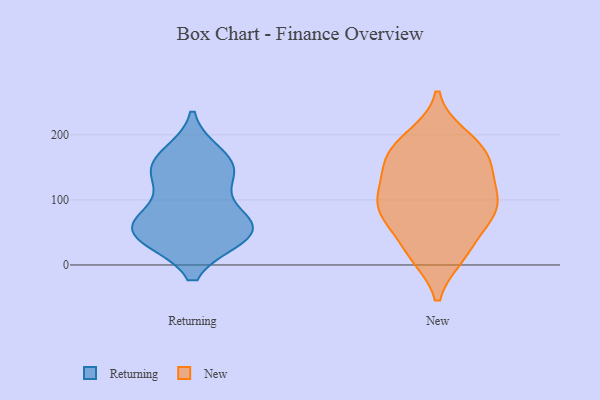
{"axis": {"x": "Temperature (°C)", "y": "Value"}, "legend": ["New", "Returning"], "data": [{"x": "", "y": 46, "type": "Returning"}, {"x": "", "y": 144, "type": "Returning"}, {"x": "", "y": 151, "type": "Returning"}, {"x": "", "y": 48, "type": "Returning"}, {"x": "", "y": 73, "type": "Returning"}, {"x": "", "y": 168, "type": "Returning"}, {"x": "", "y": 68, "type": "Returning"}, {"x": "", "y": 44, "type": "Returning"}, {"x": "", "y": 138, "type": "Returning"}, {"x": "", "y": 53, "type": "Returning"}, {"x": "", "y": 16, "type": "New"}, {"x": "", "y": 196, "type": "New"}, {"x": "", "y": 79, "type": "New"}, {"x": "", "y": 173, "type": "New"}, {"x": "", "y": 90, "type": "New"}, {"x": "", "y": 124, "type": "New"}, {"x": "", "y": 133, "type": "New"}, {"x": "", "y": 86, "type": "New"}, {"x": "", "y": 71, "type": "New"}, {"x": "", "y": 93, "type": "New"}, {"x": "", "y": 17, "type": "New"}, {"x": "", "y": 23, "type": "New"}, {"x": "", "y": 187, "type": "New"}, {"x": "", "y": 84, "type": "New"}, {"x": "", "y": 172, "type": "New"}, {"x": "", "y": 139, "type": "New"}, {"x": "", "y": 163, "type": "New"}]}